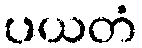
ပယတံ